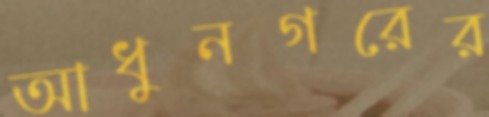
আধুনগরের